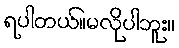
ရပါတယ်။မလိုပါဘူး။